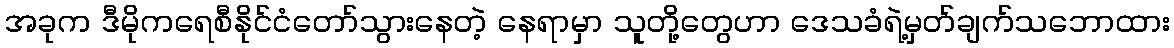
အခုက ဒီမိုကရေစီနိုင်ငံတော်သွားနေတဲ့ နေရာမှာ သူတို့တွေဟာ ဒေသခံရဲ့မှတ်ချက်သဘောထား